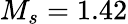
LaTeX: M_{s}=1.42